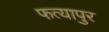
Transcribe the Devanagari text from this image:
फत्यापुर